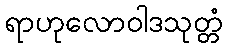
ရာဟုလောဝါဒသုတ္တံ